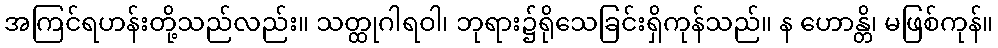
အကြင်ရဟန်းတို့သည်လည်း။ သတ္ထုဂါရဝါ၊ ဘုရား၌ရိုသေခြင်းရှိကုန်သည်။ န ဟောန္တိ၊ မဖြစ်ကုန်။